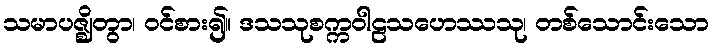
သမာပဇ္ဈိတွာ၊ ဝင်စား၍။ ဒသသုစက္ကဝါဠသဟေဿသု၊ တစ်သောင်းသော